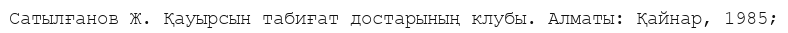
Сатылғанов Ж. Қауырсын табиғат достарының клубы. Алматы: Қайнар, 1985;